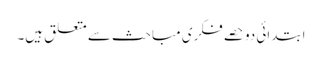
ابتدائی دو حصے فکری مباحث سے متعلق ہیں۔